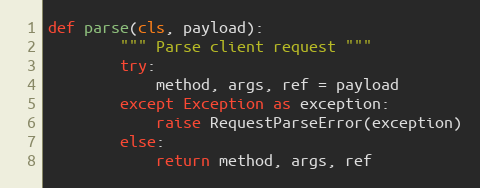
Language: Python
def parse(cls, payload):
        """ Parse client request """
        try:
            method, args, ref = payload
        except Exception as exception:
            raise RequestParseError(exception)
        else:
            return method, args, ref